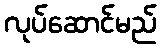
လုပ်ဆောင်မည်